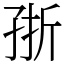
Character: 㝂